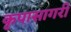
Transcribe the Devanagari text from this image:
कृपासागरी